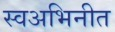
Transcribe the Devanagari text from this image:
स्वअभिनीत